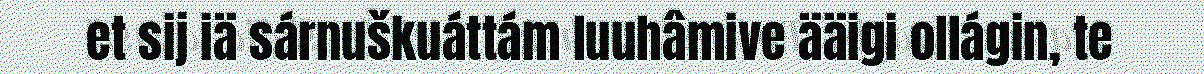
et sij iä sárnuškuáttám luuhâmive ääigi ollágin, te